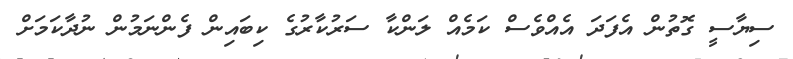
ސިޔާސީ ގޮތުން އެފަދަ އެއްވެސް ކަމެއް ލަންކާ ސަރުކާރުގެ ކިބައިން ފެންނަމުން ނުދާކަމަށް